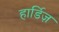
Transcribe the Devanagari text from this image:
हार्डिज़